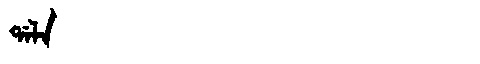
Manchu: ᡩᠠᠯᠠ
Romanization: DALA